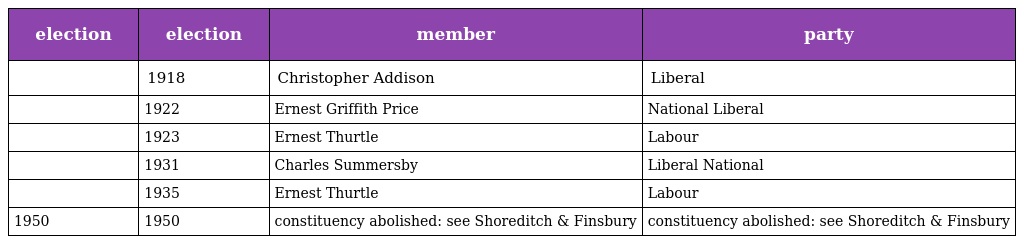
| election | election | member | party |
 | --- | --- | --- | --- |
 |  | 1918 | Christopher Addison | Liberal |
 |  | 1922 | Ernest Griffith Price | National Liberal |
 |  | 1923 | Ernest Thurtle | Labour |
 |  | 1931 | Charles Summersby | Liberal National |
 |  | 1935 | Ernest Thurtle | Labour |
 | 1950 | 1950 | constituency abolished: see Shoreditch & Finsbury | constituency abolished: see Shoreditch & Finsbury |